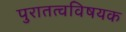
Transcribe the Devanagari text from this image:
पुरातत्वविषयक